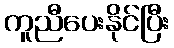
ကူညီပေးနိုင်ပြီး